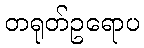
တရုတ်ဥရောပ